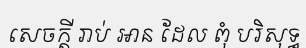
សេចក្តី រាប់ ឤន ដែល ពុំ បរិសុទ្ធ